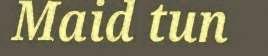
Maid tun